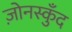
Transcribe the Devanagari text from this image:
ज़ोनस्कुँद